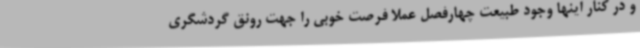
و در کنار اینها وجود طبیعت چهارفصل عملا فرصت خوبی را جهت رونق گردشگری